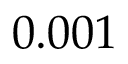
0 . 0 0 1